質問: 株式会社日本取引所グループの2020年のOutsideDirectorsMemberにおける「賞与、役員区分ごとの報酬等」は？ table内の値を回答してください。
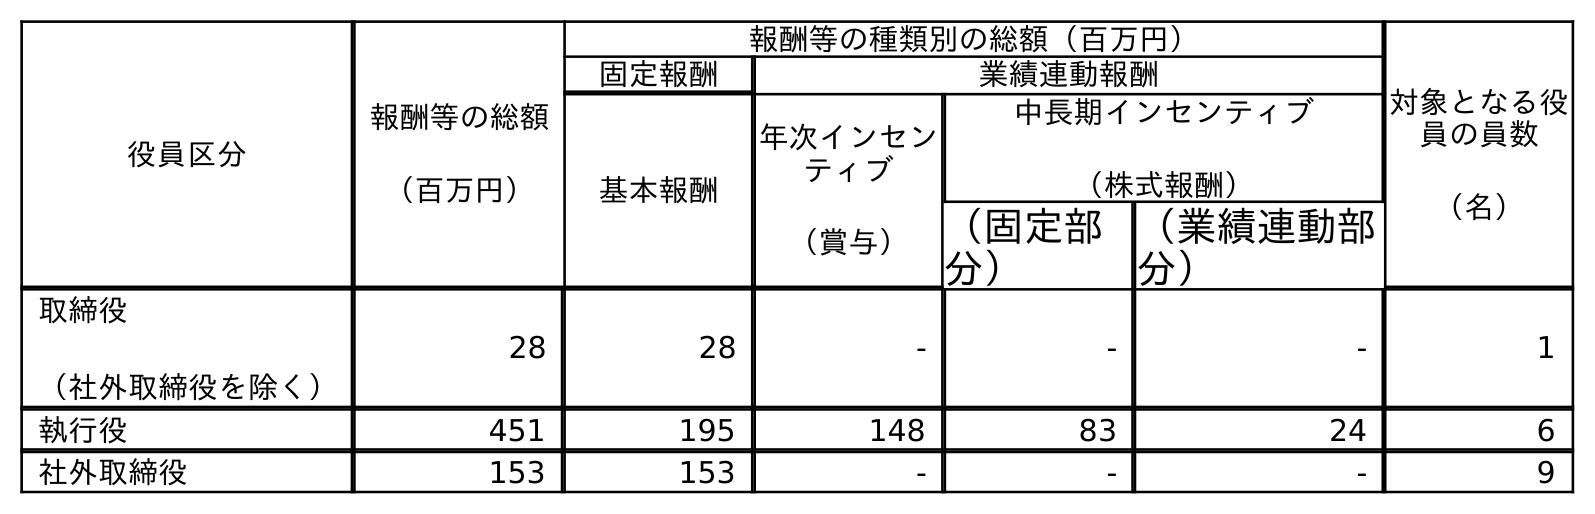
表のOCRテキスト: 役員区分 報酬等の総額 （百万円） 報酬等の種類別の総額（百万円） 対象となる役 員の員数 （名） 固定報酬 業績連動報酬 基本報酬 年次インセン ティブ （賞与） 中長期インセンティブ （株式報酬） （固定部 分） （業績連動部 分） 取締役 （社外取締役を除く） 28 28 - - - 1 執行役 451 195 148 83 24 6 社外取締役 153 153 - - - 9
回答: -